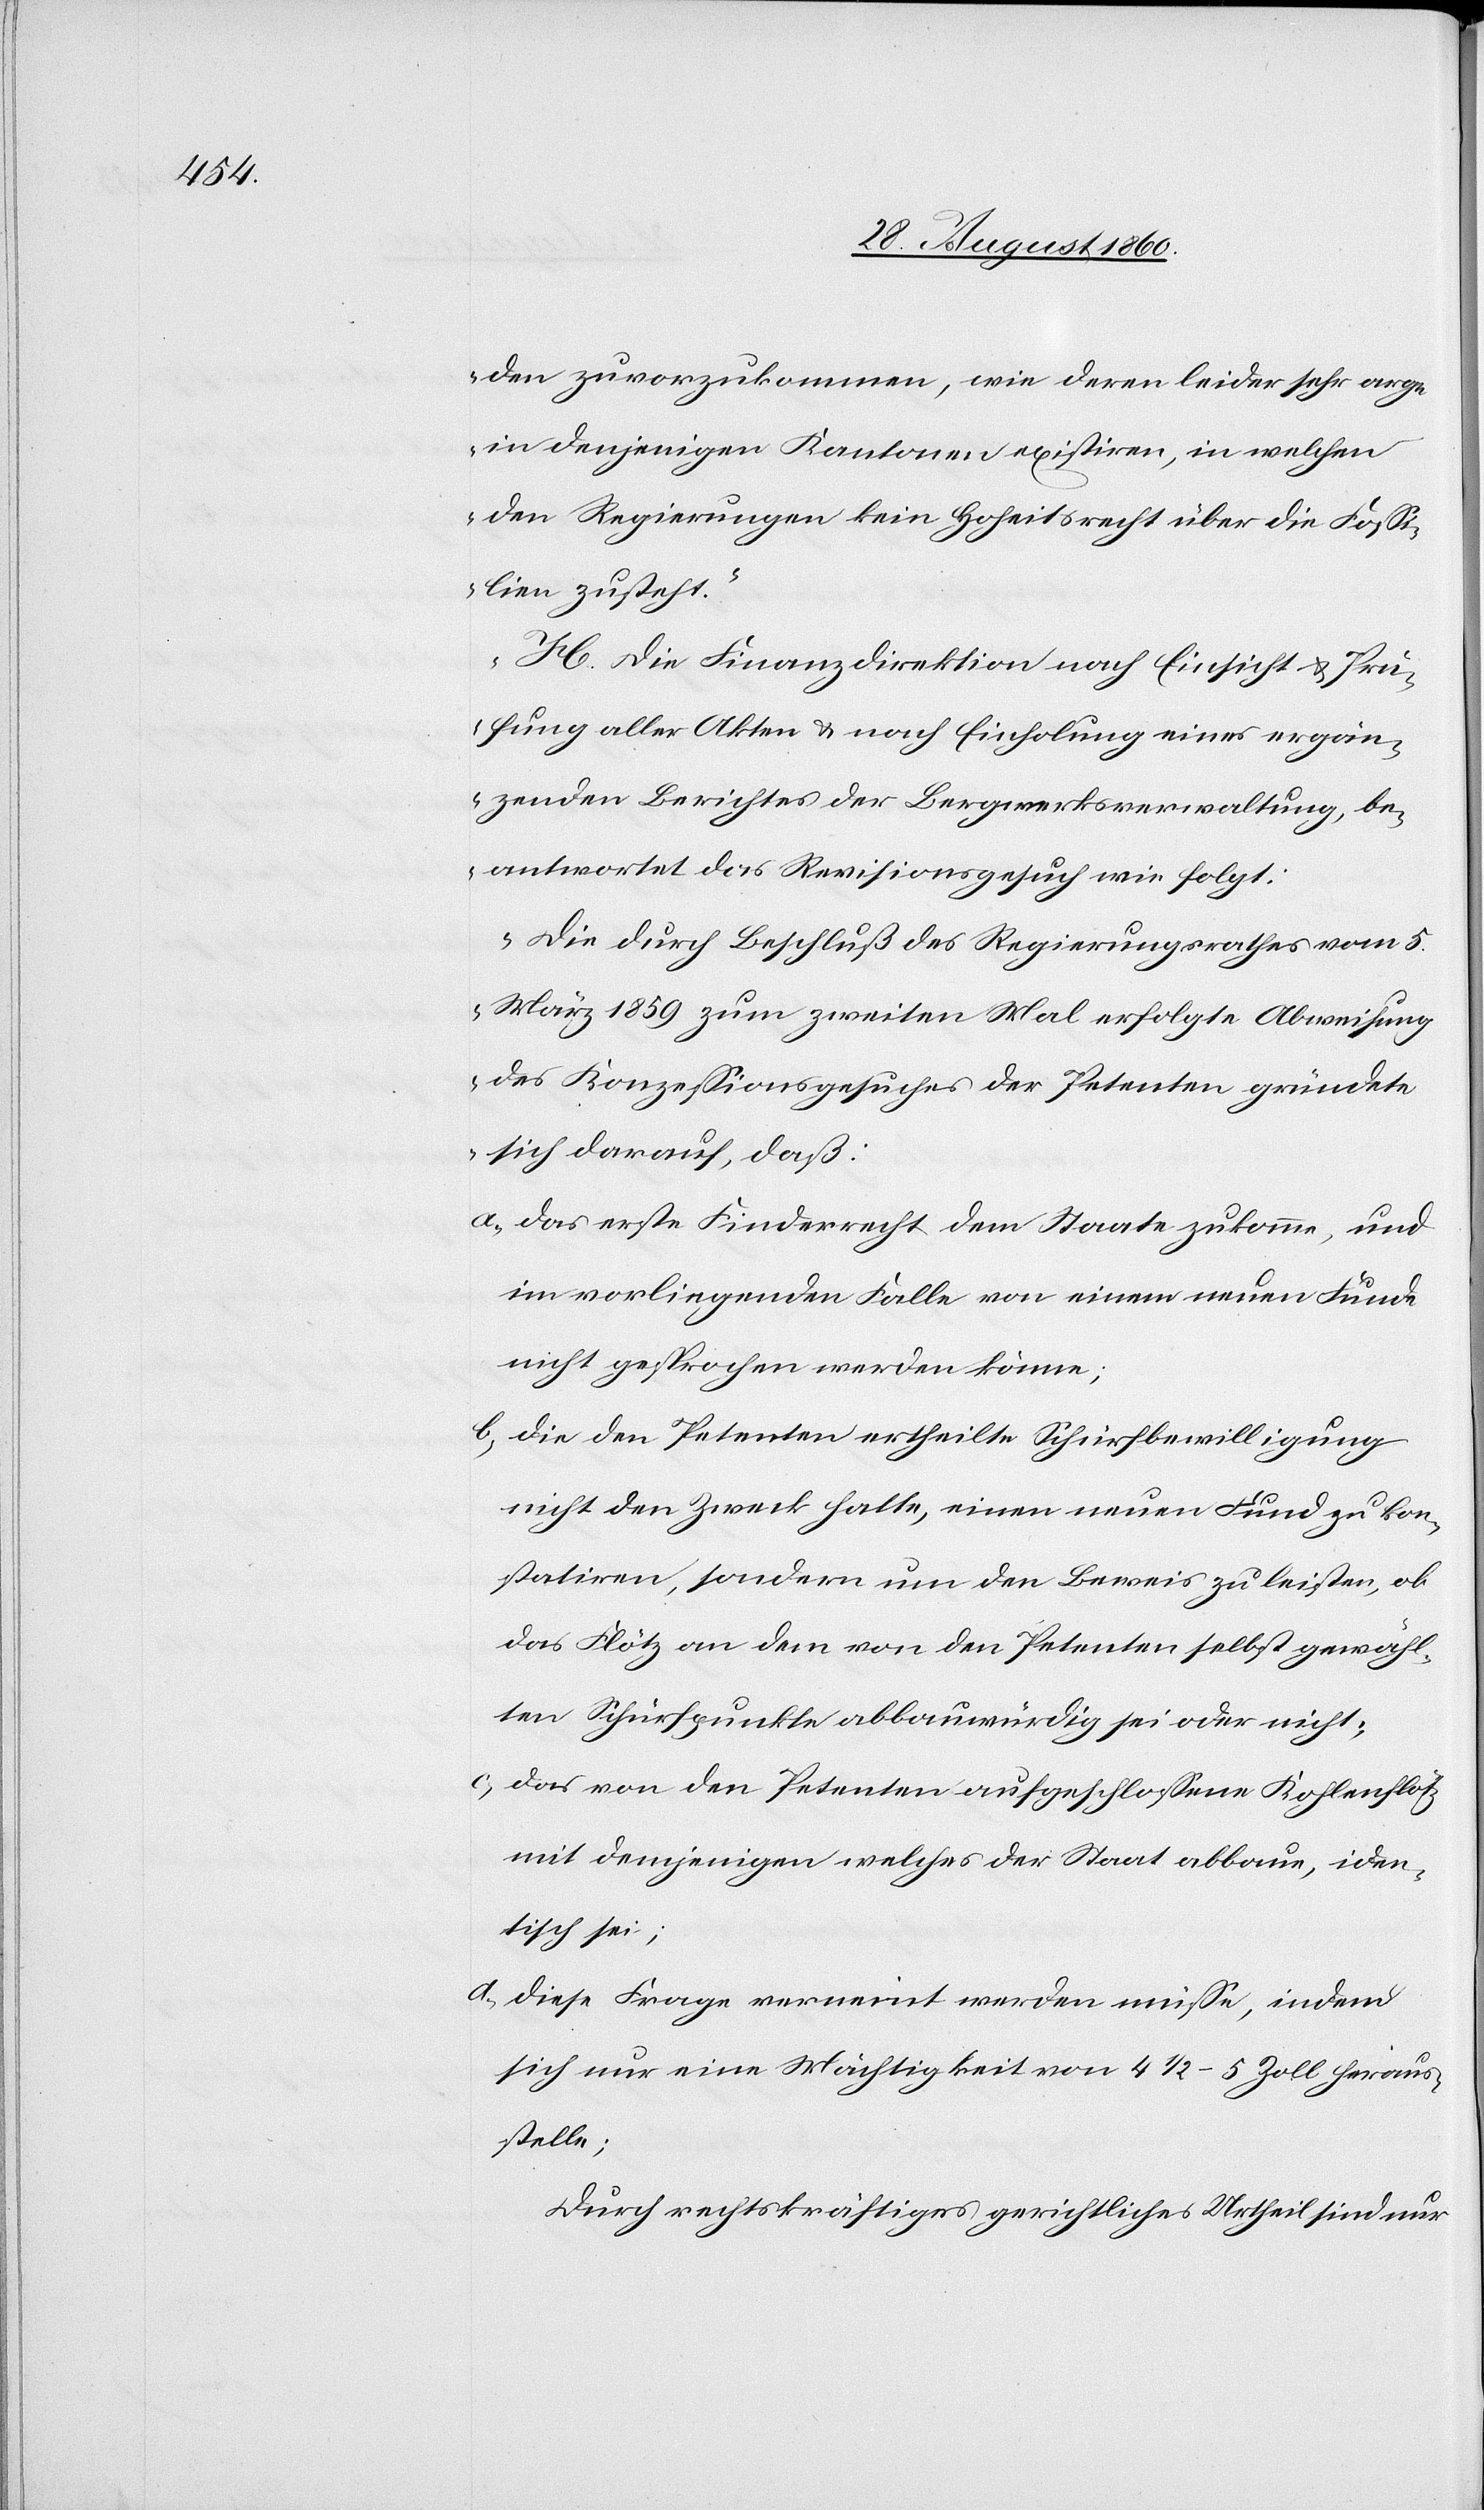
den zuvorzukommen, wie deren leider sehr arge
in denjenigen Kantonen existiren, in welchen
den Regierungen kein Hoheitsrecht über die Foss¬
ilien zusteht.
H. Die Finanzdirektion, nach Einsicht und Prü¬
fung aller Akten und nach Einholung eines ergän¬
zenden Berichtes der Bergwerksverwaltung, be¬
antwortet das Revisionsgesuch wie folgt:
Die durch Beschluss des Regierungsrathes vom 5t
März 1859 zum zweiten Mal erfolgte Abweisung
des Conzessionsgesuches der Petenten gründete
sich darauf, dass:
a) das erste Finderrecht dem Staate zukomme u.
im vorliegenden Falle von einem neuen Funde
nicht gesprochen werden könne;
b) Die den Petenten ertheilte Schürfbewilligung
nicht den Zweck hatte, einen neuen Fund zu con¬
statiren, sondern um den Beweis zu leisten, ob
das Flötz an dem von den Petenten selbst gewähl¬
ten Schürfpunkte abbauwürdig sei oder nicht;
c) Das von den Petenten aufgeschlossene Kohlenflötz
mit demjenigen, welches der Staat abbaue, iden¬
tisch sei;
d) Diese Frage verneint werden müsse, indem
sich nur eine Mächtigkeit von 4 1/2–5 Zoll heraus¬
stelle;
Durch rechtskräftiges gerichtliches Urtheil sind nun